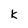
Character: k